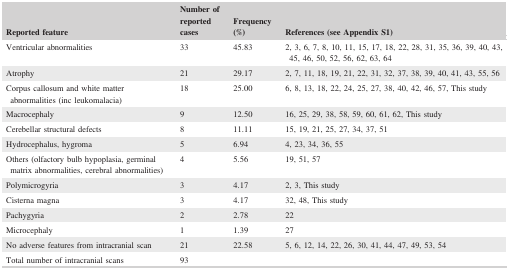
| Reported feature | Number of reported cases | Frequency (%) | References (see Appendix S1) |
 | --- | --- | --- | --- |
 | Ventricular abnormalities | 33 | 45.83 | 2, 3, 6, 7, 8, 10, 11, 15, 17, 18, 22, 28, 31, 35, 36, 39, 40, 43, 45, 46, 50, 52, 56, 62, 63, 64 |
 | Atrophy | 21 | 29.17 | 2, 7, 11, 18, 19, 21, 22, 31, 32, 37, 38, 39, 40, 41, 43, 55, 56 |
 | Corpus callosum and white matter abnormalities (inc leukomalacia) | 18 | 25.00 | 6, 8, 13, 18, 22, 24, 25, 27, 38, 40, 42, 46, 57, This study |
 | Macrocephaly | 9 | 12.50 | 16, 25, 29, 38, 58, 59, 60, 61, 62, This study |
 | Cerebellar structural defects | 8 | 11.11 | 15, 19, 21, 25, 27, 34, 37, 51 |
 | Hydrocephalus, hygroma | 5 | 6.94 | 4, 23, 34, 36, 55 |
 | Others (olfactory bulb hypoplasia, germinal matrix abnormalities, cerebral abnormalities) | 4 | 5.56 | 19, 51, 57 |
 | Polymicrogyria | 3 | 4.17 | 2, 3, This study |
 | Cisterna magna | 3 | 4.17 | 32, 48, This study |
 | Pachygyria | 2 | 2.78 | 22 |
 | Microcephaly | 1 | 1.39 | 27 |
 | No adverse features from intracranial scan | 21 | 22.58 | 5, 6, 12, 14, 22, 26, 30, 41, 44, 47, 49, 53, 54 |
 | Total number of intracranial scans | 93 |  |  |